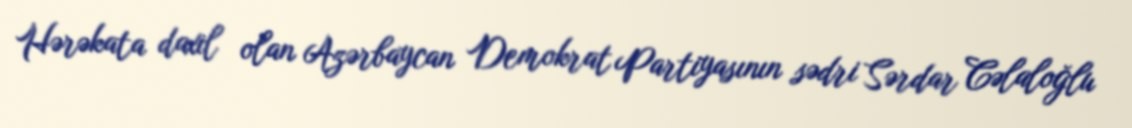
Hərəkata daxil olan Azərbaycan Demokrat Partiyasının sədri Sərdar Cəlaloğlu